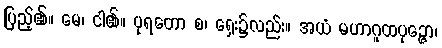
ပြည့်၏။ မေ၊ ငါ၏။ ပုရတော စ၊ ရှေး၌လည်း။ အယံ မဟာဂူထပုဉ္ဇော၊